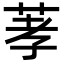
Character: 䓔